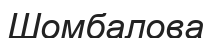
Шомбалова